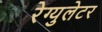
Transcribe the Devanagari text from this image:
रेग्युलेटर